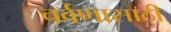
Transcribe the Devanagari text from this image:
चर्वणासाठी